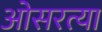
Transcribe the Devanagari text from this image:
ओसरत्या